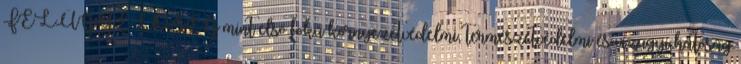
FELÜGYELŐSÉG mint első fokú környezetvédelmi, természetvédelmi és vízügyi hatóság